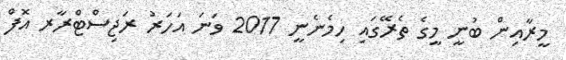
މީރާއިން ބުނީ މީގެ ތެރޭގައި ހިމެނެނީ 2017 ވަނަ އަހަރު ރަޖިސްޓްރާރ އޮފް